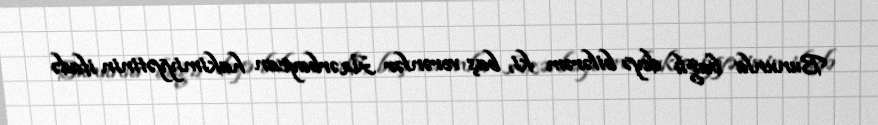
Bununla bağlı deyə bilərəm ki, baş verənlər Azərbaycan hakimiyyətinin ifadə